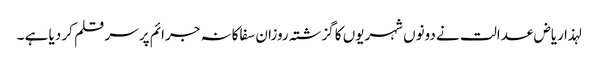
لہذا ریاض عدالت نے دونوں شہریوں کا گزشتہ روزان سفاکانہ جرائم پر سر قلم کر دیا ہے ۔